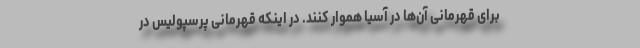
برای قهرمانی آن‌ها در آسیا هموار کنند. در اینکه قهرمانی پرسپولیس در